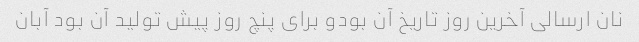
نان ارسالی آخرین روز تاریخ آن بودو برای پنچ روز پیش تولید آن بود آبان